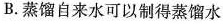
B.蒸馏自来水可以制得蒸馏水